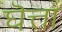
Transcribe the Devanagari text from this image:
घॆत्ता